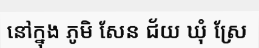
នៅក្នុង ភូមិ សែន ជ័យ ឃុំ ស្រែ